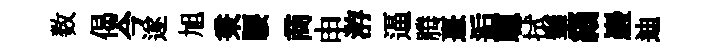
数偈今遂旭秉騕商申㳺逼腾憙逅聰拭拳緇巖迪